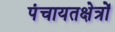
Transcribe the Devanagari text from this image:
पंचायतक्षेत्रों